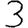
Digit: 3